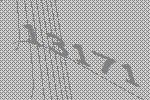
13171